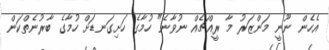
އެހެން ނޫނީ މަންޒަރު މާ ރީއްޗެއް ނުވާނެ" ހުމާގެ ހަށިގަނޑަށް ހުމާގެ ބާރުނެތްކަން